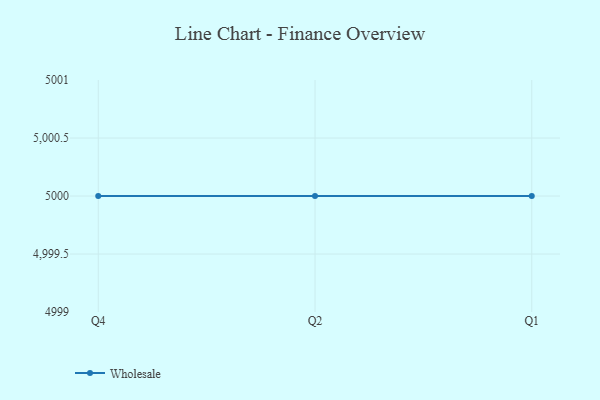
{"axis": {"x": "Quarter", "y": "Humidity (%)"}, "legend": ["Wholesale"], "data": [{"x": "Q4", "y": 5000, "type": "Wholesale"}, {"x": "Q2", "y": 5000, "type": "Wholesale"}, {"x": "Q1", "y": 5000, "type": "Wholesale"}]}